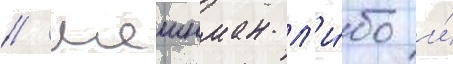
// Шеинман л'и́бо и́